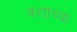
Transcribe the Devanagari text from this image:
वंशांच्या